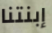
إبنتنا